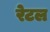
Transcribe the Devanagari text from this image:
रेटल